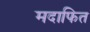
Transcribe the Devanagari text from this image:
मदाफित